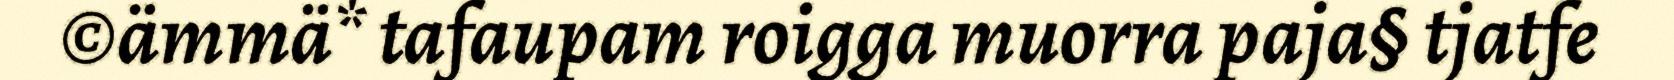
©ämmä* tafaupam roigga muorra paja§ tjatfe